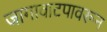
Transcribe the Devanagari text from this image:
जागावाटपावरून